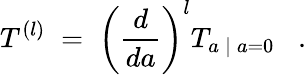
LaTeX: T^{(l)}\; =\; \left(\frac{d}{da}\right)^{l}T_{a\: |\: a=0}\; \; \; .